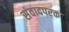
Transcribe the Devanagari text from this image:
संवादपरक